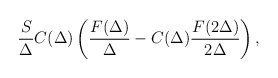
\begin{align*}\frac{S}{\Delta}C(\Delta)\left (\frac{F(\Delta)}{\Delta}-C(\Delta)\frac{F(2\Delta)}{2\Delta}\right ),\end{align*}